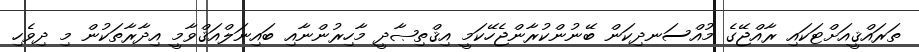
ތަރައްޤީއަށްޓަކައި ރާއްޖޭގެ މުއްސަނދިކަން ބޭނުންކުރާންޖެހޭކަމީ އިޤްތިޞާދީ މާހިރުންނާއި ބައިނަލްއަޤްވާމީ އިދާރާތަކުން މި ދިވެހި